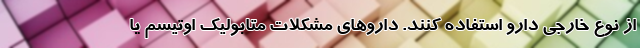
از نوع خارجی دارو استفاده کنند. داروهای مشکلات متابولیک اوتیسم یا